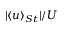
\lvert \left< u \right> _ { S t } \rvert / U